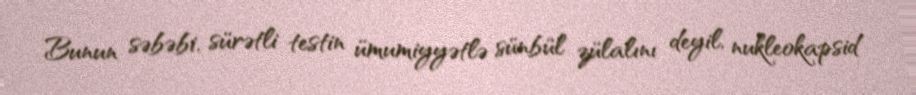
Bunun səbəbi, sürətli testin ümumiyyətlə sünbül zülalını deyil, nukleokapsid